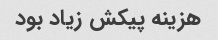
هزینه پیکش زیاد بود